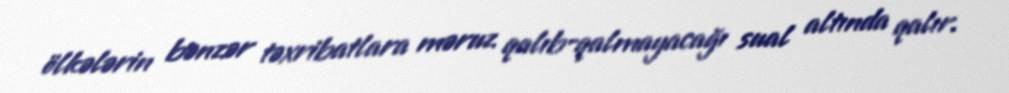
ölkələrin bənzər təxribatlara məruz qalıb-qalmayacağı sual altında qalır.